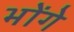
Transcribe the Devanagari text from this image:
भोंगे